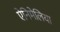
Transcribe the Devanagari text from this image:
ऐनिमेलिया